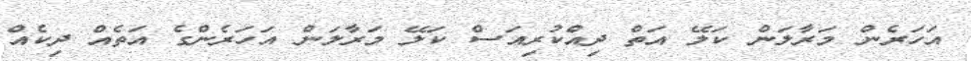
އަހަރެން މަރާލަން ކަލޭ އަތް ދިއްކުރިއަސް ކަލޭ މަރާލަން އަހަރެންގެ އަތެއް ދިކެއް